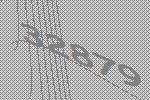
32879